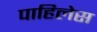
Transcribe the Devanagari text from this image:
पाहिलेस